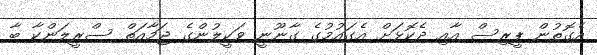
އެގޮތުން ޕީރިސް އާއި ދެކޮޅަށް އެގައުމުގެ ގާނޫނީ ވަކީލުންގެ ޖަމާއަތް ސްރީލަންކާ ބާ